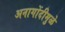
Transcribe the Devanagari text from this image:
अनागोंदीमुळे